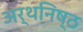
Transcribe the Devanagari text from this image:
अर्थनिष्ठ